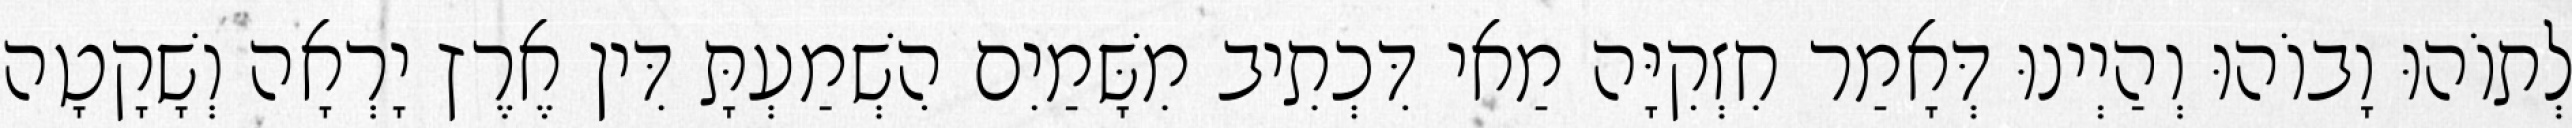
לְתוֹהוּ וָבוֹהוּ וְהַיְינוּ דְּאָמַר חִזְקִיָּה מַאי דִּכְתִיב מִשָּׁמַיִם הִשְׁמַעְתָּ דִּין אֶרֶץ יָרְאָה וְשָׁקָטָה